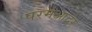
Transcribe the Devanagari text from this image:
परमआदर